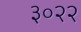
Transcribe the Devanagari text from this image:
३०२२